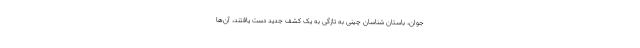
جوان، باستان شناسان چینی به تازگی به یک کشف جدید دست یافتند، آن‌ها